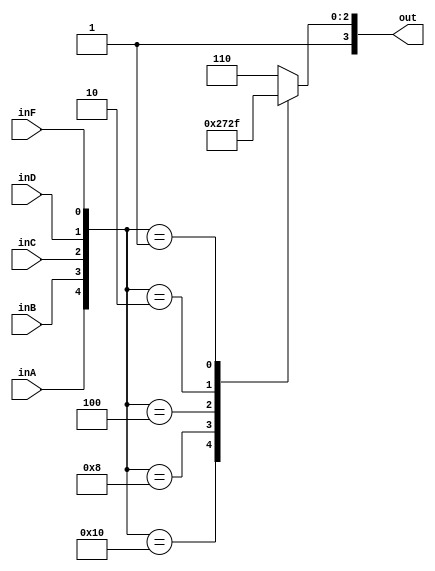
module letterGate(inA, inB, inC, inD, inF, out);
input inA, inB, inC, inD, inF;
output reg [3:0] out;
always @ (inA, inB, inC, inD, inF)
  begin 
    case({inA, inB, inC, inD, inF})
	  5'b10000: out = 4'b1010; // out is A
	  5'b01000: out = 4'b1011; // out is B
	  5'b00100: out = 4'b1100; // out is C
	  5'b00010: out = 4'b1101; // out is D
	  5'b00001: out = 4'b1111; // out is F
	  default : out = 4'b1110; // out is E - Error / Empty
	endcase
end
endmodule